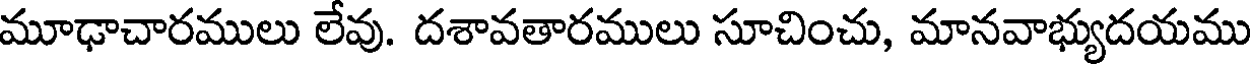
మూఢాచారములు లేవు. దశావతారములు సూచించు, మానవాభ్యుదయము